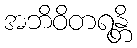
အဘိဝိတရန္တိ